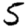
Digit: 5